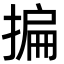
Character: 揙